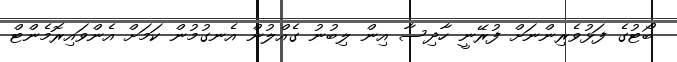
ބޯޓުގެ ފަޅުވެރިންނަށް ފުރޭނީ ހާދިސާ އިން ލިބުނު ގެއްލުން އެނގުމުން ކަމަށް އެންވައިރޮމެންޓް